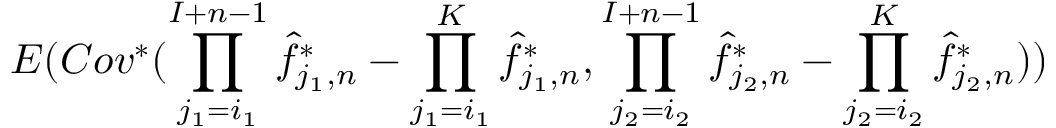
E ( C o v ^ { * } ( \prod _ { j _ { 1 } = i _ { 1 } } ^ { I + n - 1 } \widehat f _ { j _ { 1 } , n } ^ { * } - \prod _ { j _ { 1 } = i _ { 1 } } ^ { K } \widehat f _ { j _ { 1 } , n } ^ { * } , \prod _ { j _ { 2 } = i _ { 2 } } ^ { I + n - 1 } \widehat f _ { j _ { 2 } , n } ^ { * } - \prod _ { j _ { 2 } = i _ { 2 } } ^ { K } \widehat f _ { j _ { 2 } , n } ^ { * } ) )